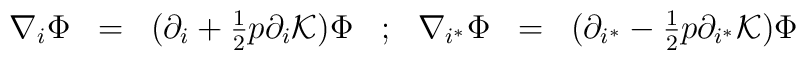
\begin{array}{ccccccc}\nabla_i \Phi &=& (\partial_i + {1\over 2} p \partial_i {\cal K}) \Phi &; &\nabla_{i^*}\Phi &=&(\partial_{i^*}-{1\over 2} p \partial_{i^*} {\cal K})\Phi \cr\end{array}